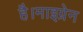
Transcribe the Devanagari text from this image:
है।माइग्रेन